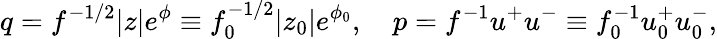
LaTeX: q=f^{-1/2}|z|e^{\phi}\equiv f_{0}^{-1/2}|z_{0}|e^{\phi_{0}},\quad p=f^{-1}u^{+}u^{-}\equiv f_{0}^{-1}u_{0}^{+}u_{0}^{-},